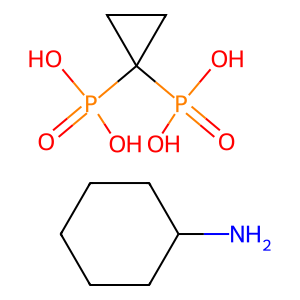
SMILES: NC1CCCCC1.O=P(O)(O)C1(P(=O)(O)O)CC1
Inhibits HIV replication: No